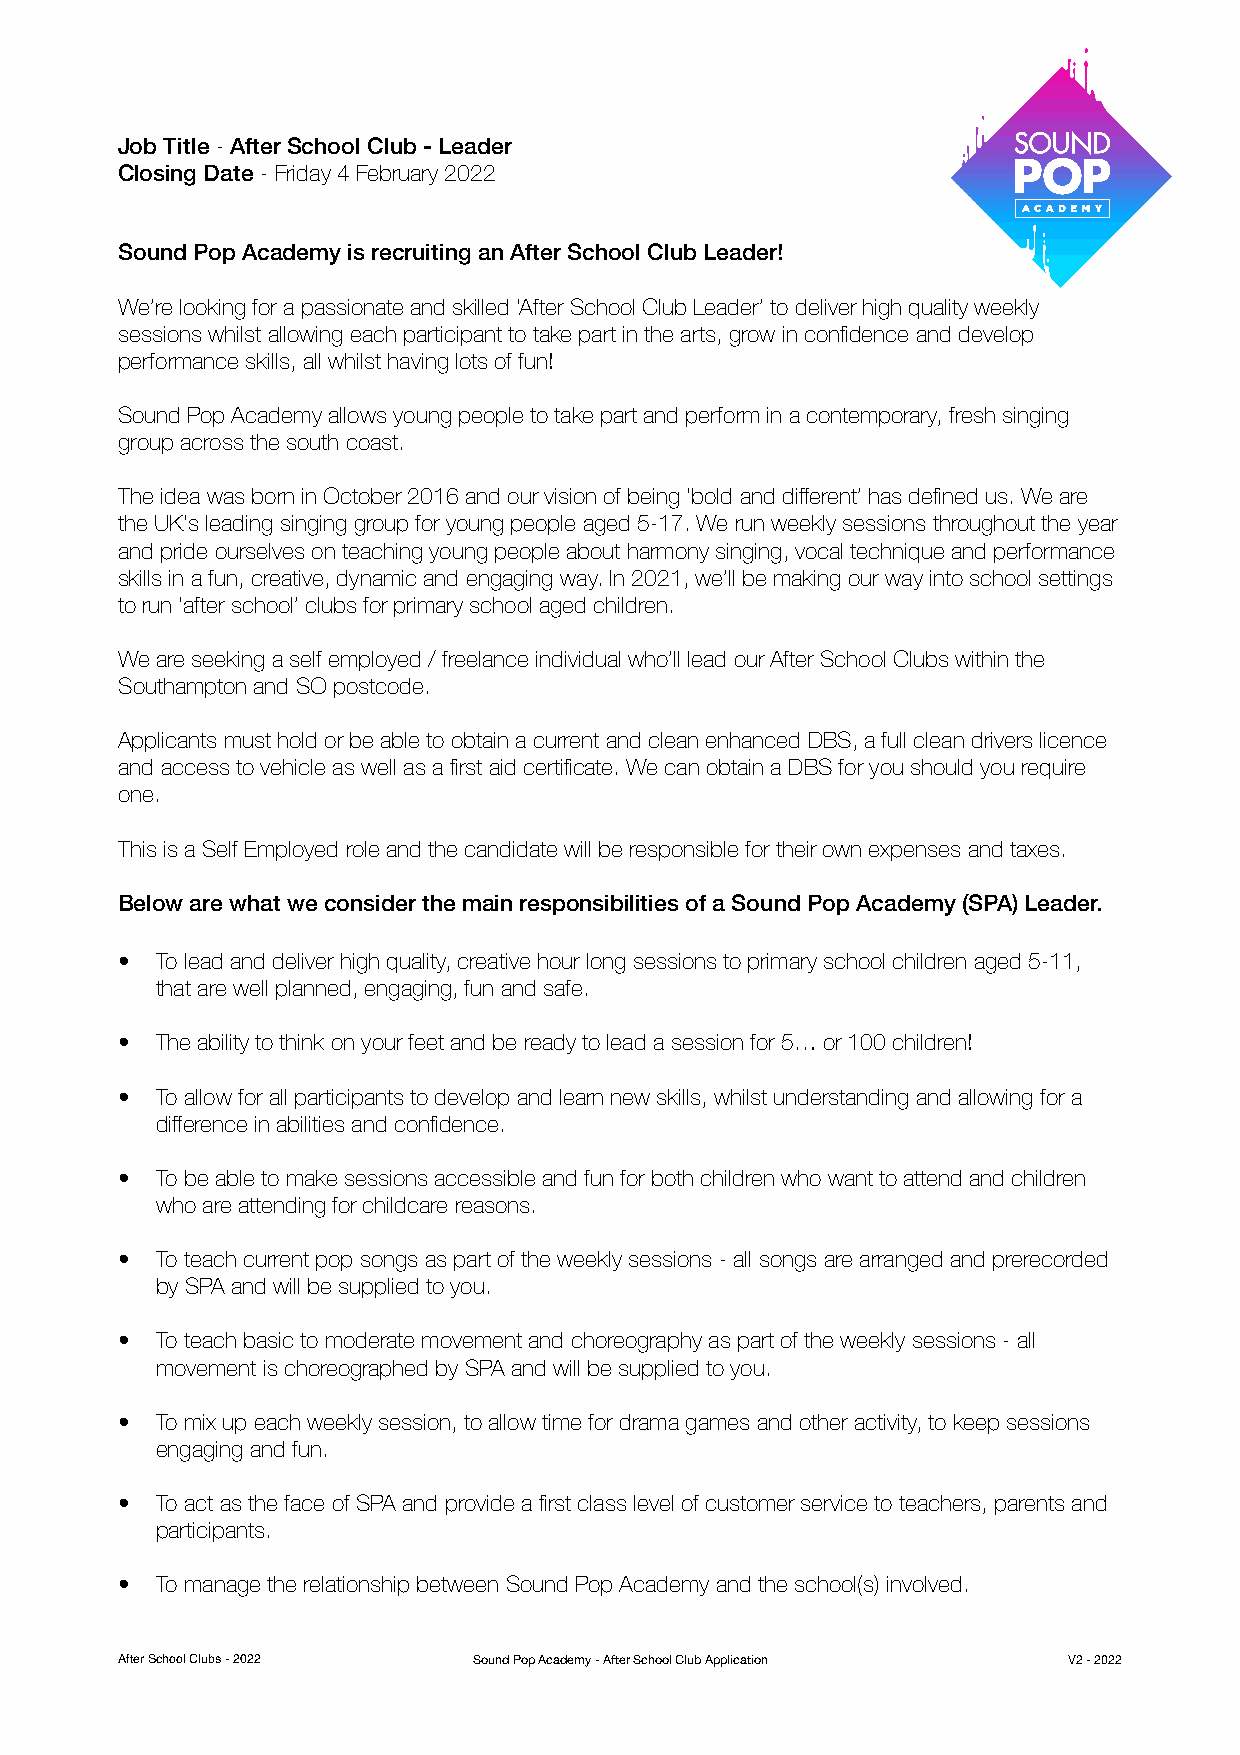
Job Title - After School Club - Leader
 Closing Date - Friday 4 February 2022
 Sound Pop Academy is recruiting an After School Club Leader!
 We’re looking for a passionate and skilled ‘After School Club Leader’ to deliver high quality weekly
 sessions whilst allowing each participant to take part in the arts, grow in confidence and develop
 performance skills, all whilst having lots of fun!
 Sound Pop Academy allows young people to take part and perform in a contemporary, fresh singing
 group across the south coast.
 The idea was born in October 2016 and our vision of being ‘bold and different’ has defined us. We are
 the UK's leading singing group for young people aged 5-17. We run weekly sessions throughout the year
 and pride ourselves on teaching young people about harmony singing, vocal technique and performance
 skills in a fun, creative, dynamic and engaging way. In 2021, we’ll be making our way into school settings
 to run ‘after school’ clubs for primary school aged children.
 We are seeking a self employed / freelance individual who’ll lead our After School Clubs within the
 Southampton and SO postcode.
 Applicants must hold or be able to obtain a current and clean enhanced DBS, a full clean drivers licence
 and access to vehicle as well as a first aid certificate. We can obtain a DBS for you should you require
 one.
 This is a Self Employed role and the candidate will be responsible for their own expenses and taxes.
 Below are what we consider the main responsibilities of a Sound Pop Academy (SPA) Leader.
 • To lead and deliver high quality, creative hour long sessions to primary school children aged 5-11,
 that are well planned, engaging, fun and safe.
 • The ability to think on your feet and be ready to lead a session for 5… or 100 children!
 • To allow for all participants to develop and learn new skills, whilst understanding and allowing for a
 difference in abilities and confidence.
 • To be able to make sessions accessible and fun for both children who want to attend and children
 who are attending for childcare reasons.
 • To teach current pop songs as part of the weekly sessions - all songs are arranged and prerecorded
 by SPA and will be supplied to you.
 • To teach basic to moderate movement and choreography as part of the weekly sessions - all
 movement is choreographed by SPA and will be supplied to you.
 • To mix up each weekly session, to allow time for drama games and other activity, to keep sessions
 engaging and fun.
 • To act as the face of SPA and provide a first class level of customer service to teachers, parents and
 participants.
 • To manage the relationship between Sound Pop Academy and the school(s) involved.
 After School Clubs - 2022 Sound Pop Academy - After School Club Application V2 - 2022